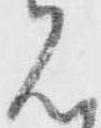
見